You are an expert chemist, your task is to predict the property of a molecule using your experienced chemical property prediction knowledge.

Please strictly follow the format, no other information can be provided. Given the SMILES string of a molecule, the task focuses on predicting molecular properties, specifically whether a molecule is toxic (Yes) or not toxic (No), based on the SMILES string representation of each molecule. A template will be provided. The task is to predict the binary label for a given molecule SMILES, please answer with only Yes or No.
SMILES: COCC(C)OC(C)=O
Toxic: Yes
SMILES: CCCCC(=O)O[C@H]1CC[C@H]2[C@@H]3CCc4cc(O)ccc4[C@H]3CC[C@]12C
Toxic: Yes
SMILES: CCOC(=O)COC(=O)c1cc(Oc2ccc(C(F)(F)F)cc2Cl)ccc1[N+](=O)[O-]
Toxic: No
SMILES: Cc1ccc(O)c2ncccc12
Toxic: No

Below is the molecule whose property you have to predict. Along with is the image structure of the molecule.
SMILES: CCC1NC(=O)c2cc(S(N)(=O)=O)c(Cl)cc2N1
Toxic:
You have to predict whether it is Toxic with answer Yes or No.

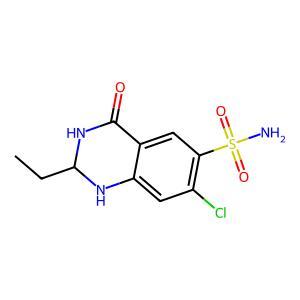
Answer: No